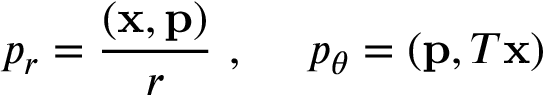
p _ { r } = \frac { ( { \bf x } , { \bf p } ) } { r } \ , \ \ \ \ p _ { \theta } = ( { \bf p } , T { \bf x } )